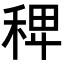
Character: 𥟑